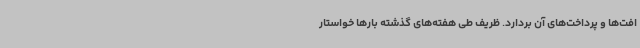
افت‌ها و پرداخت‌های آن بردارد. ظریف طی هفته‌های گذشته بارها خواستار